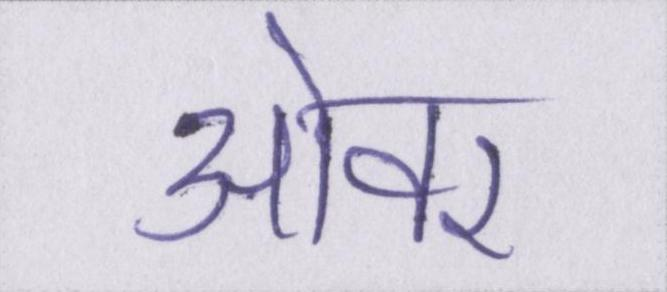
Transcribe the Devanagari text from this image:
ओवर